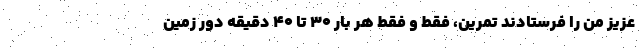
عزیز من را فرستادند تمرین، فقط و فقط هر بار ۳۰ تا ۴۰ دقیقه دور زمین